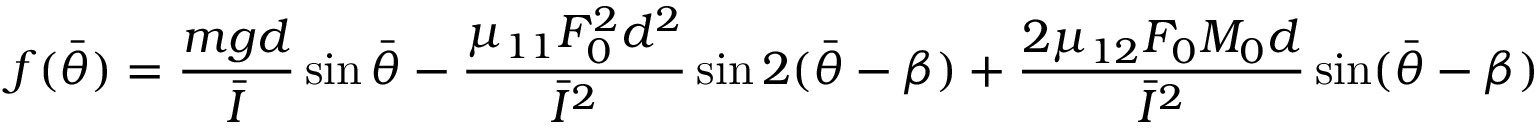
f ( \bar { \theta } ) = \frac { m g d } { \bar { I } } \sin \bar { \theta } - \frac { \mu _ { 1 1 } F _ { 0 } ^ { 2 } d ^ { 2 } } { \bar { I } ^ { 2 } } \sin 2 ( \bar { \theta } - \beta ) + \frac { 2 \mu _ { 1 2 } F _ { 0 } M _ { 0 } d } { \bar { I } ^ { 2 } } \sin ( \bar { \theta } - \beta )